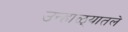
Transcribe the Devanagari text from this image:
उन्हाळ्यातले